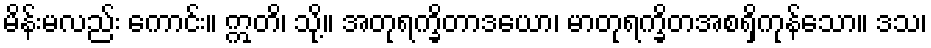
မိန်းမလည်း ကောင်း။ ဣတိ၊ သို့။ အတုရက္ခိတာဒယော၊ မာတုရက္ခိတအစရှိကုန်သော။ ဒသ၊